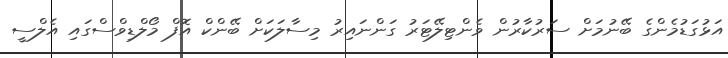
އަޅުގަޑުމެންގެ ބޭނުމަށް ސަރުކާރުން ވެންޓިލޭޓަރު ގަންނައިރު މިސާލަކަށް ބޭންކް އޮފް މޯލްޑިވްސްގައި އެލްސީ